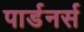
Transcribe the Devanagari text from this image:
पार्डनर्स